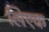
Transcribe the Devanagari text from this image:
लिएक